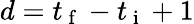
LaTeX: d=t_{\mathrm{~f~}}-t_{\mathrm{~i~}}+1